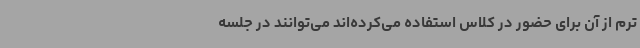
ترم از آن برای حضور در کلاس استفاده می‌کرده‌اند می‌توانند در جلسه